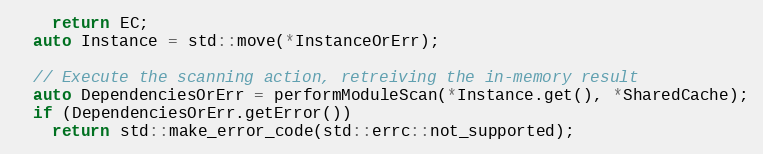
Language: C++
    return EC;
  auto Instance = std::move(*InstanceOrErr);

  // Execute the scanning action, retreiving the in-memory result
  auto DependenciesOrErr = performModuleScan(*Instance.get(), *SharedCache);
  if (DependenciesOrErr.getError())
    return std::make_error_code(std::errc::not_supported);